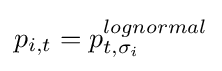
p_{i,t}=p_{t,\sigma _{i}}^{lognormal}